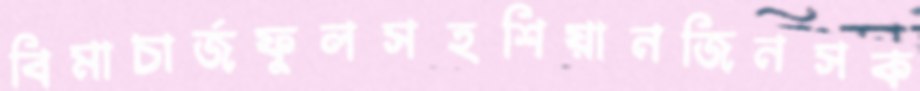
বিমাচার্জফুলসহশিয়ানজিনসক